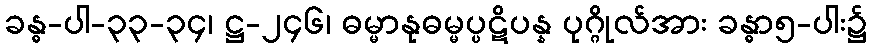
ခန္ဓ-ပါ-၃၃-၃၄၊ ဋ္ဌ-၂၄၆၊ ဓမ္မာနုဓမ္မပ္ပဋိပန္န ပုဂ္ဂိုလ်အား ခန္ဓာ၅-ပါး၌